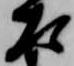
左